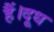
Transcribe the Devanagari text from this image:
हैं।दूध